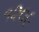
૧૨૦૯